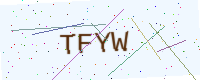
Text: TFYW